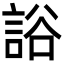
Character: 䛦